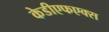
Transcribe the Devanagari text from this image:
केडीएफएक्स